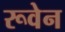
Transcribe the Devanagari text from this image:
रूवेन